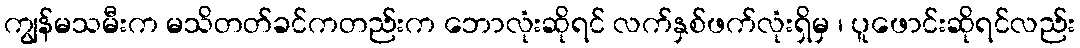
ကျွန်မသမီးက မသိတတ်ခင်ကတည်းက ဘောလုံးဆိုရင် လက်နှစ်ဖက်လုံးရှိမှ ၊ ပူဖောင်းဆိုရင်လည်း